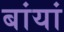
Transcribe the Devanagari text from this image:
बांयां